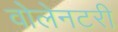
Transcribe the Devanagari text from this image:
वोलेनटरी